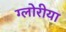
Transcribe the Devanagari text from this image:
ग्लोरीया